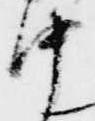
中